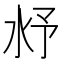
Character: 沀